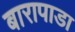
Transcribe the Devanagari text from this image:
बारापाडा